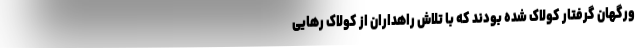
ورگهان گرفتار کولاک شده بودند که با تلاش راهداران از کولاک رهایی